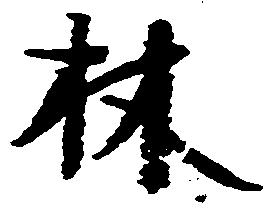
林